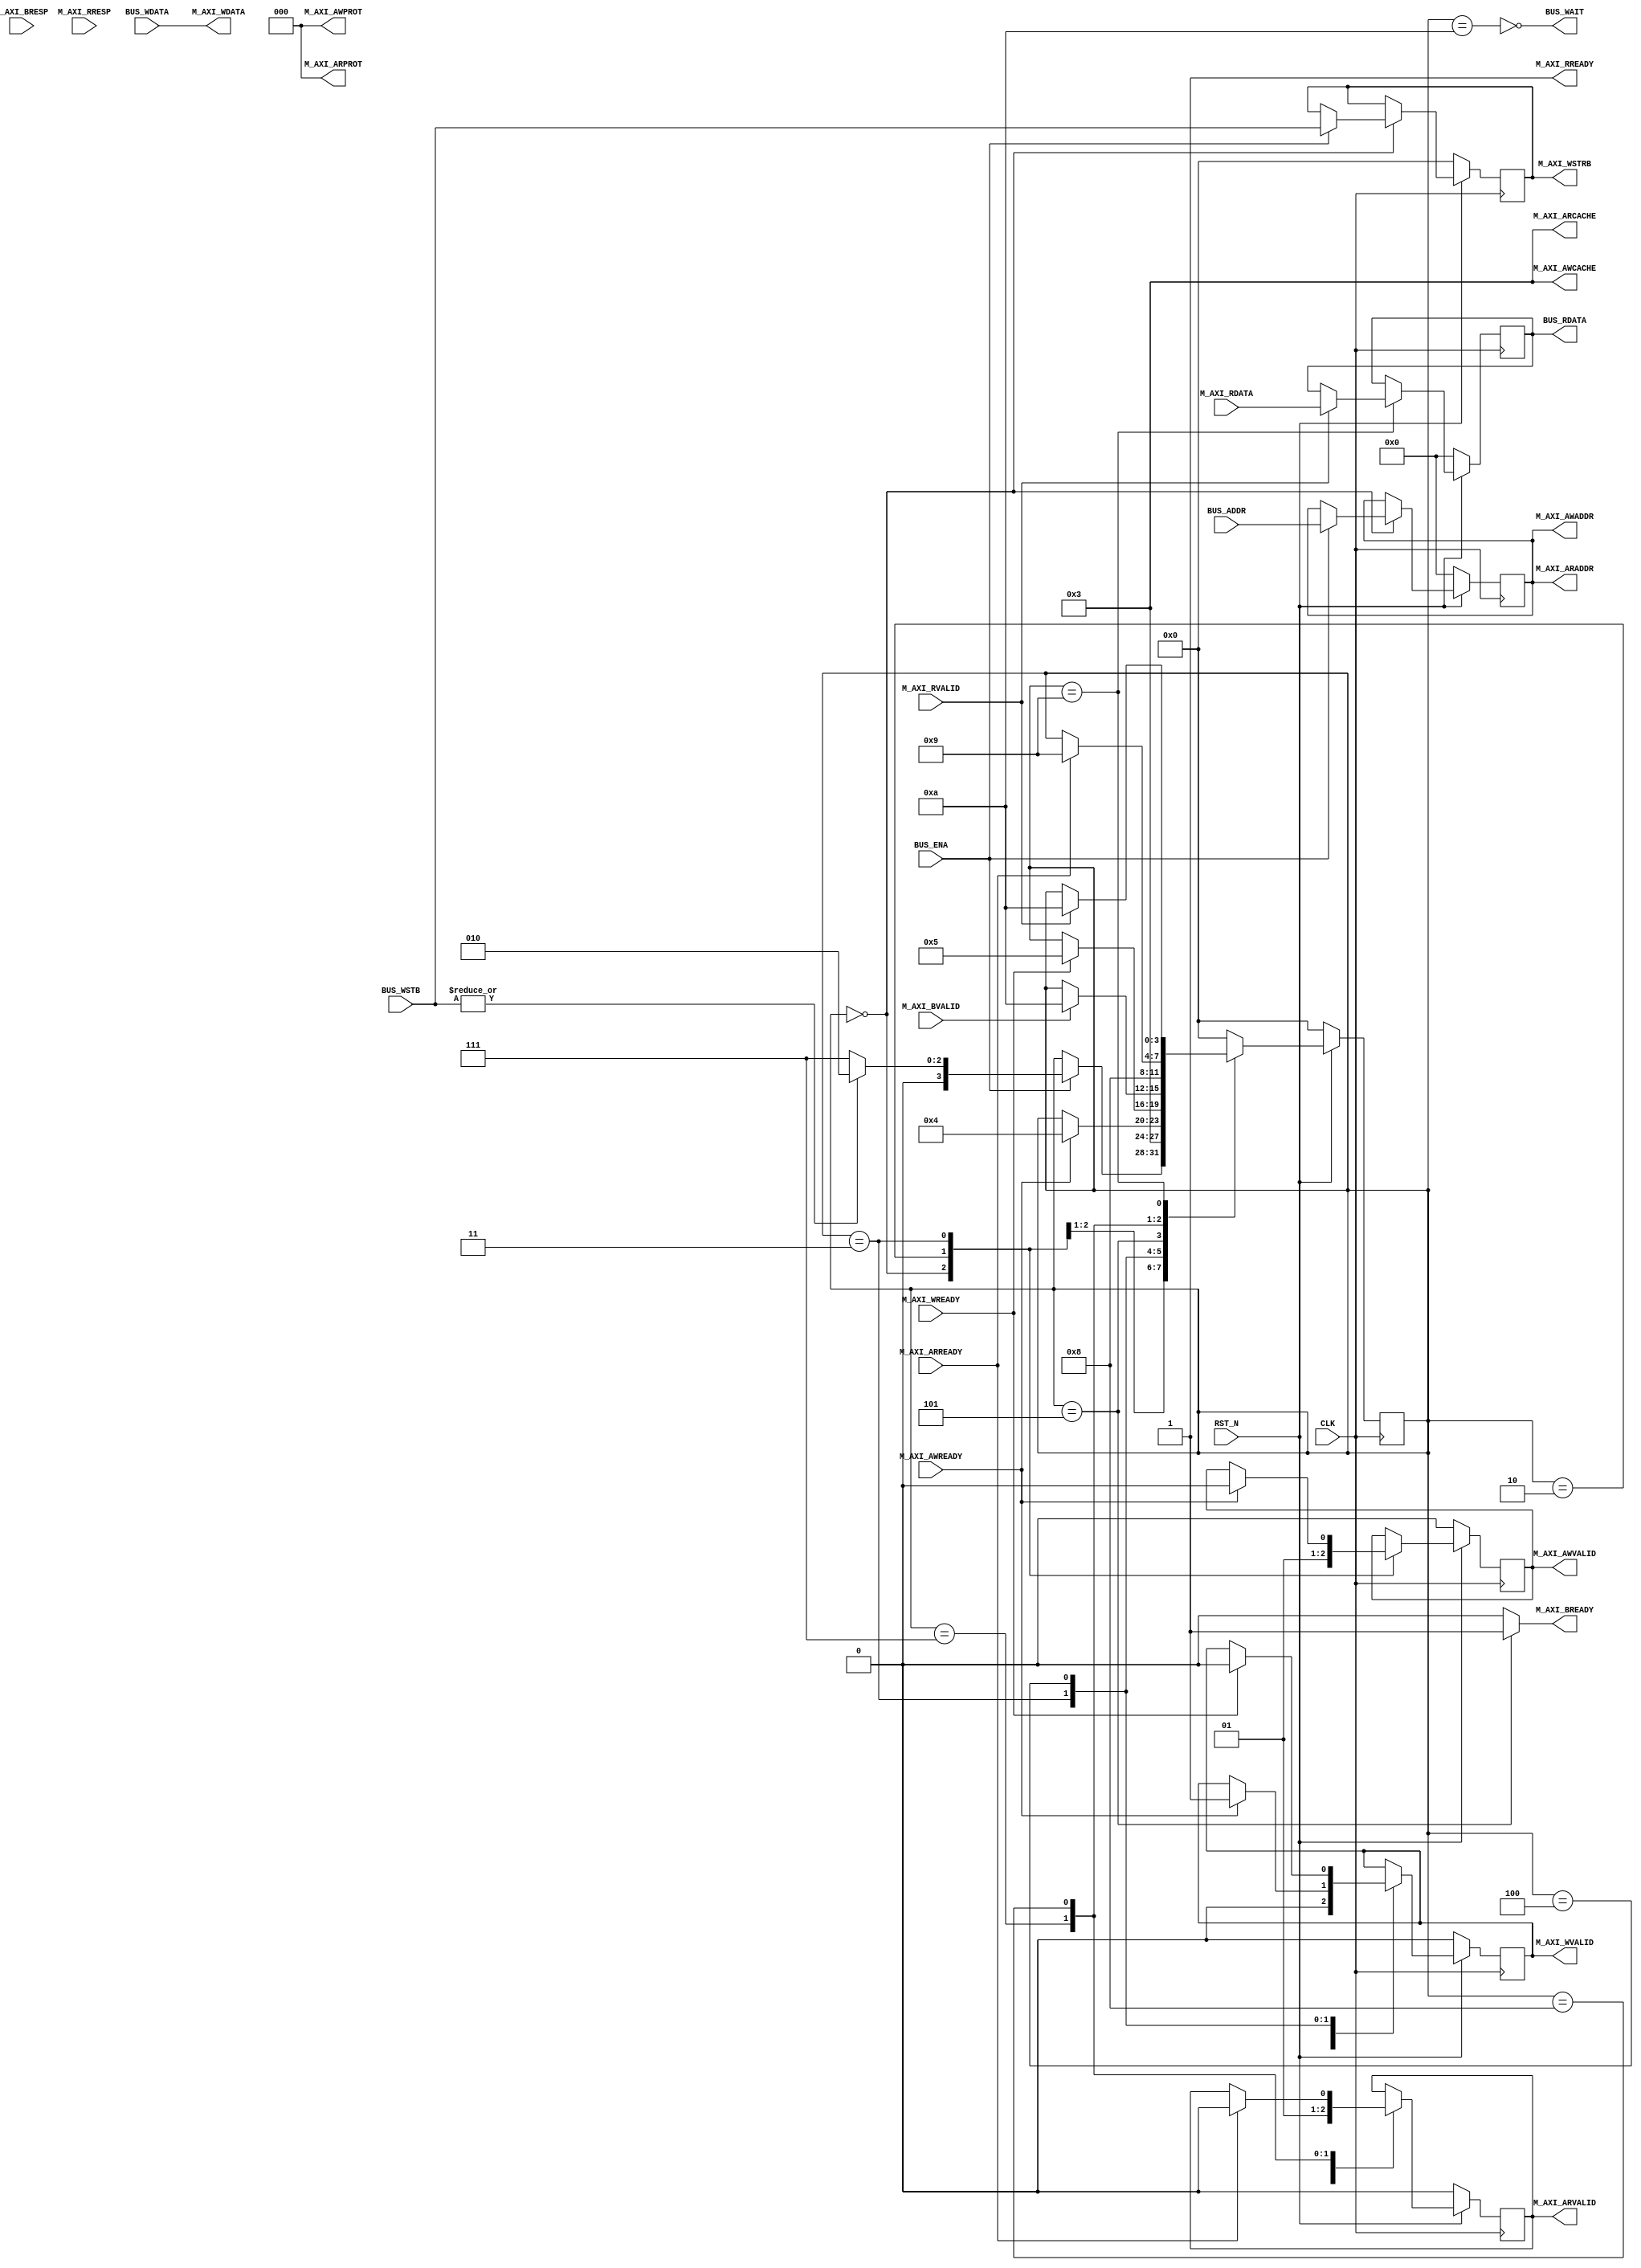
module fmrv32im_axilm
  (
   // AXI4 Lite Interface
   input         RST_N,
   input         CLK,

   // Write Address Channel
   output [31:0] M_AXI_AWADDR,
   output [3:0]  M_AXI_AWCACHE,
   output [2:0]  M_AXI_AWPROT,
   output        M_AXI_AWVALID,
   input         M_AXI_AWREADY,

   // Write Data Channel
   output [31:0] M_AXI_WDATA,
   output [3:0]  M_AXI_WSTRB,
   output        M_AXI_WVALID,
   input         M_AXI_WREADY,

   // Write Response Channel
   input         M_AXI_BVALID,
   output        M_AXI_BREADY,
   input [1:0]   M_AXI_BRESP,

   // Read Address Channel
   output [31:0] M_AXI_ARADDR,
   output [3:0]  M_AXI_ARCACHE,
   output [2:0]  M_AXI_ARPROT,
   output        M_AXI_ARVALID,
   input         M_AXI_ARREADY,

   // Read Data Channel
   input [31:0]  M_AXI_RDATA,
   input [1:0]   M_AXI_RRESP,
   input         M_AXI_RVALID,
   output        M_AXI_RREADY,

   // Local Inerface
   output        BUS_WAIT,
   input         BUS_ENA,
   input [3:0]   BUS_WSTB,
   input [31:0]  BUS_ADDR,
   input [31:0]  BUS_WDATA,
   output [31:0] BUS_RDATA
   );

   localparam S_IDLE     = 4'd0;
   localparam S_WA_WAIT  = 4'd1;
   localparam S_WA_START = 4'd2;
   localparam S_WD_WAIT  = 4'd3;
   localparam S_WD_PROC  = 4'd4;
   localparam S_WR_WAIT  = 4'd5;
   localparam S_RA_WAIT   = 4'd6;
   localparam S_RA_START  = 4'd7;
   localparam S_RD_WAIT   = 4'd8;
   localparam S_RD_PROC   = 4'd9;
   localparam S_FIN       = 4'd10;

   reg [3:0]     state;
   reg [31:0]    reg_adrs;
   reg           reg_awvalid, reg_wvalid;
   reg [3:0]     reg_wstb;
   reg           reg_arvalid;
   reg [31:0]    reg_rdata;

   // Write State
   always @(posedge CLK) begin
      if(!RST_N) begin
         state           <= S_IDLE;
         reg_adrs[31:0]  <= 32'd0;
         reg_awvalid     <= 1'b0;
         reg_wvalid      <= 1'b0;
         reg_arvalid     <= 1'b0;
         reg_wstb[3:0]   <= 4'd0;
         reg_rdata[31:0] <= 32'd0;
      end else begin
         case(state)
           S_IDLE: begin
              if(BUS_ENA) begin
                 if(|BUS_WSTB) begin
                    state          <= S_WA_START;
                 end else begin
                    state          <= S_RA_START;
                 end
                 reg_adrs[31:0] <= BUS_ADDR[31:0];
                 reg_wstb[3:0]  <= BUS_WSTB;
              end
              reg_awvalid   <= 1'b0;
              reg_arvalid   <= 1'b0;
              reg_wvalid    <= 1'b0;
           end
           S_WA_START: begin
              state         <= S_WD_WAIT;
              reg_awvalid   <= 1'b1;
           end
           S_WD_WAIT: begin
              if(M_AXI_AWREADY) begin
                 state        <= S_WD_PROC;
                 reg_awvalid  <= 1'b0;
                 reg_wvalid   <= 1'b1;
              end
           end
           S_WD_PROC: begin
              if(M_AXI_WREADY) begin
                 state        <= S_WR_WAIT;
                 reg_wvalid   <= 1'b0;
              end
           end
           S_WR_WAIT: begin
              if(M_AXI_BVALID) begin
                    state          <= S_FIN;
              end
           end
           S_RA_START: begin
              state          <= S_RD_WAIT;
              reg_arvalid    <= 1'b1;
           end
           S_RD_WAIT: begin
              if(M_AXI_ARREADY) begin
                 state        <= S_RD_PROC;
                 reg_arvalid  <= 1'b0;
              end
           end
           S_RD_PROC: begin
              if(M_AXI_RVALID) begin
                 state        <= S_FIN;
                 reg_rdata    <= M_AXI_RDATA;
              end
           end
           S_FIN: begin
              state <= S_IDLE;
           end
           default: begin
              state <= S_IDLE;
           end
         endcase
      end
   end

   assign M_AXI_AWADDR[31:0] = reg_adrs[31:0];
   assign M_AXI_AWCACHE[3:0] = 4'b0011;
   assign M_AXI_AWPROT[2:0]  = 3'b000;
   assign M_AXI_AWVALID      = reg_awvalid;

   assign M_AXI_WDATA[31:0]  = BUS_WDATA;
   assign M_AXI_WSTRB[3:0]   = reg_wstb;
   assign M_AXI_WVALID       = reg_wvalid;

   assign M_AXI_BREADY       = (state == S_WR_WAIT)?1'b1:1'b0;

   // Master Read Address
   assign M_AXI_ARADDR[31:0] = reg_adrs[31:0];
   assign M_AXI_ARCACHE[3:0] = 4'b0011;
   assign M_AXI_ARPROT[2:0]  = 3'b000;
   assign M_AXI_ARVALID      = reg_arvalid;

   assign M_AXI_RREADY       = 1'b1;

   assign BUS_WAIT = ~(state == S_FIN);
   assign BUS_RDATA = reg_rdata[31:0];

endmodule